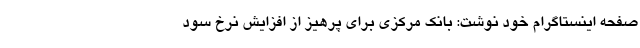
صفحه اینستاگرام خود نوشت: بانک مرکزی برای پرهیز از افزایش نرخ سود